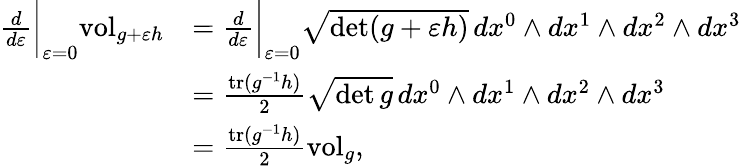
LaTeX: \begin{array}{rl}{\frac{d}{d\varepsilon}\bigg\vert_{\varepsilon=0}\mathrm{vol}_{g+\varepsilon h}}&{=\frac{d}{d\varepsilon}\bigg\vert_{\varepsilon=0}\sqrt{\operatorname*{det}(g+\varepsilon h)}\, dx^{0}\wedge dx^{1}\wedge dx^{2}\wedge dx^{3}}\\ &{=\frac{\mathrm{tr}(g^{-1}h)}{2}\sqrt{\operatorname*{det}g}\, dx^{0}\wedge dx^{1}\wedge dx^{2}\wedge dx^{3}}\\ &{=\frac{\mathrm{tr}(g^{-1}h)}{2}\mathrm{vol}_{g},}\end{array}